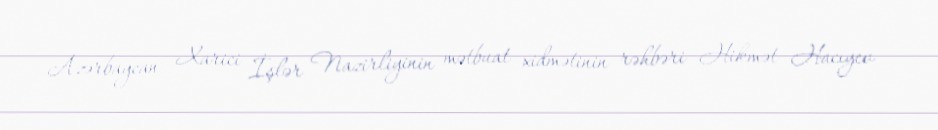
Azərbaycan Xarici İşlər Nazirliyinin mətbuat xidmətinin rəhbəri Hikmət Hacıyev